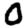
Digit: 0